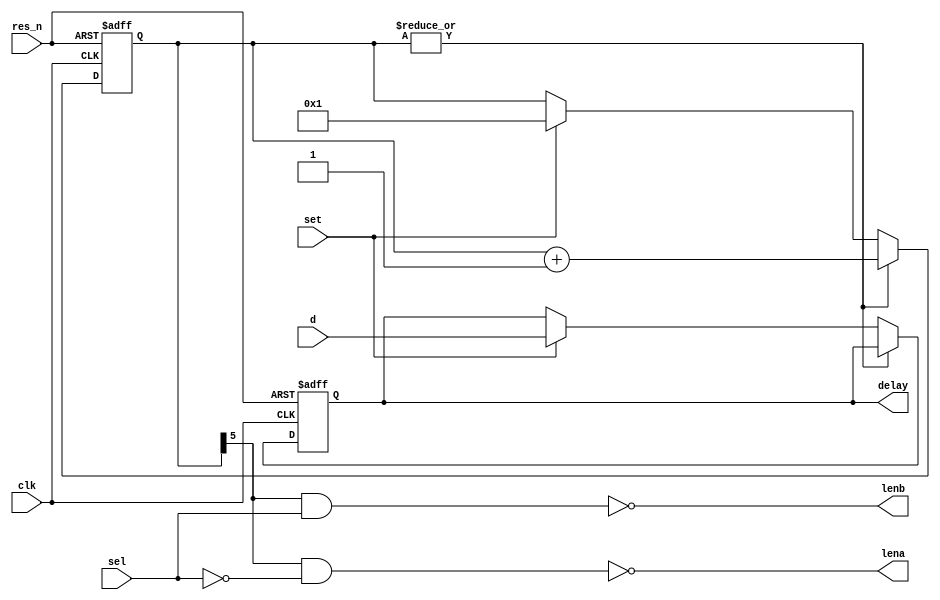
// delay.v

`timescale 1ns/1ps


module delay
(
	input clk,
	input res_n,
	
	input set,
	input sel,
	input [9:0]d,

	output lena, // 800 ns neg pulse
	output lenb, // 800 ns neg pulse
	output reg [9:0]delay
);

	reg [5:0]state;

	always @(posedge clk or negedge res_n)
	begin
		if (!res_n)
		begin
			delay <= 10'd0;
			state <= 6'd0;
		end
		else if (|state) state <= state + 6'd1;
		else if (set)
		begin
			delay <= d;
			state <= 6'd1;
		end
	end

	assign lena = !(state[5] & !sel);
	assign lenb = !(state[5] &  sel);

endmodule